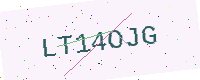
Text: LT14OJG